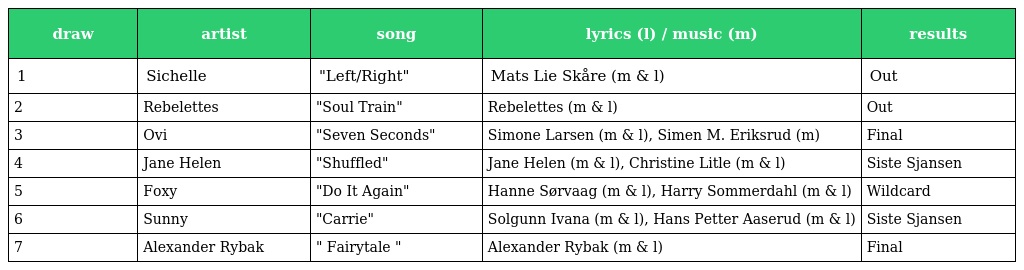
| draw | artist | song | lyrics (l) / music (m) | results |
 | --- | --- | --- | --- | --- |
 | 1 | Sichelle | "Left/Right" | Mats Lie Skåre (m & l) | Out |
 | 2 | Rebelettes | "Soul Train" | Rebelettes (m & l) | Out |
 | 3 | Ovi | "Seven Seconds" | Simone Larsen (m & l), Simen M. Eriksrud (m) | Final |
 | 4 | Jane Helen | "Shuffled" | Jane Helen (m & l), Christine Litle (m & l) | Siste Sjansen |
 | 5 | Foxy | "Do It Again" | Hanne Sørvaag (m & l), Harry Sommerdahl (m & l) | Wildcard |
 | 6 | Sunny | "Carrie" | Solgunn Ivana (m & l), Hans Petter Aaserud (m & l) | Siste Sjansen |
 | 7 | Alexander Rybak | " Fairytale " | Alexander Rybak (m & l) | Final |